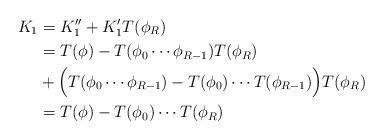
LaTeX: \begin{align*}K_1&=K_1''+K_1'T(\phi_R)\\&= T(\phi)-T(\phi_0\cdots\phi_{R-1})T(\phi_R)\\&+\Big(T(\phi_0\cdots\phi_{R-1})-T(\phi_0)\cdots T(\phi_{R-1})\Big)T(\phi_R)\\&= T(\phi)-T(\phi_0)\cdots T(\phi_R)\end{align*}